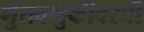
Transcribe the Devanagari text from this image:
गुंतवणुकीवरची